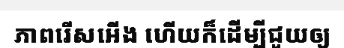
ភាពរើសអើង ហើយក៏ដើម្បីជួយឲ្យ